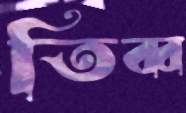
তিব্ব